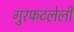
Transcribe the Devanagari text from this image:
गुरफटलेली